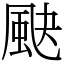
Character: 䫼